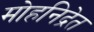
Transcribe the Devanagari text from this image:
मोहनिद्रेत